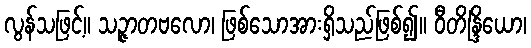
လွန်သဖြင့်။ သဉ္ဇာတဗလော၊ ဖြစ်သောအားရှိသည်ဖြစ်၍။ ဝီတိန္ဒြိယော၊